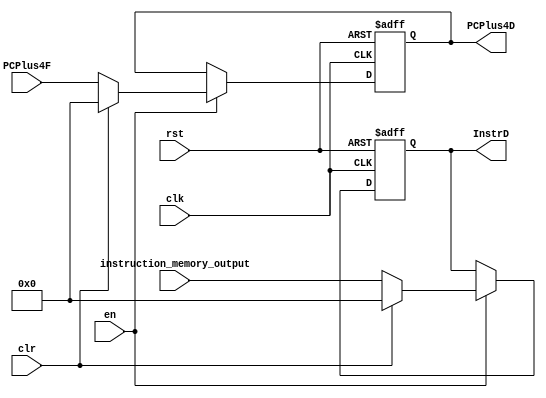
`timescale 1ns / 1ps

module IF_ID (
           input clk ,
           input rst,
           input clr ,
           input en,
           input [31: 0] instruction_memory_output,
           input [31: 0] PCPlus4F ,
           output reg [31: 0] InstrD ,
           output reg [31: 0] PCPlus4D
       );

always @(posedge clk or posedge rst)
  begin
    if (rst)
      begin
        InstrD   <= 0;
        PCPlus4D <= 0;
      end
    else if (~en)
      begin
        InstrD   <= InstrD;
        PCPlus4D <= PCPlus4D;
      end
    else if (clr)
      begin
        InstrD   <= 0;
        PCPlus4D <= 0;
      end
      else begin
        InstrD   <= instruction_memory_output;
        PCPlus4D <= PCPlus4F;
      end
  end

endmodule